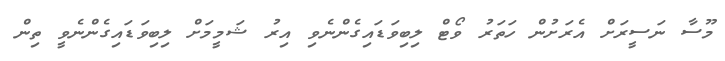
މޫސާ ނަސީރަށް އެރަށުން ހަތަރު ވޯޓް ލިބިވަޑައިގެންނެވި އިރު ޝަމީމަށް ލިބިވަޑައިގެންނެވީ ތިން